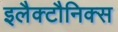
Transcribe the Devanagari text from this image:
इलैक्टौनिक्स